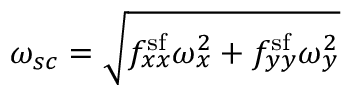
\omega _ { s c } = \sqrt { f _ { x x } ^ { \mathrm { s f } } \omega _ { x } ^ { 2 } + f _ { y y } ^ { \mathrm { s f } } \omega _ { y } ^ { 2 } }